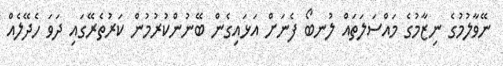
ނޭވާލުމުގެ ނިޒާމުގެ މައްސަލަތައް ލުނބޯ ފެނަށް އަޅައިގެން ބޭނުންކުރުމުން ކަރުތެރޭގައި ދަވަ ހެދޭލެއް